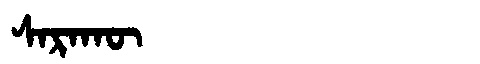
Manchu: ᠰᠠᡵᠠᡴᡡ
Romanization: SARAKŪ